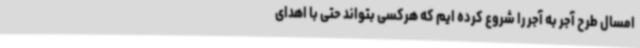
امسال طرح آجر به آجر را شروع کرده ایم که هرکسی بتواند حتی با اهدای